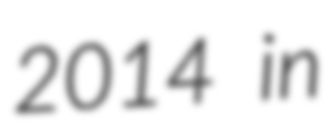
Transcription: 2014 in